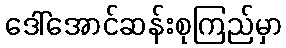
ဒေါ်အောင်ဆန်းစုကြည်မှာ